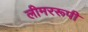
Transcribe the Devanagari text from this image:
लीमररूपी